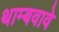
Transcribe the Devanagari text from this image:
थाम्बवावे